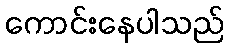
ကောင်းနေပါသည်